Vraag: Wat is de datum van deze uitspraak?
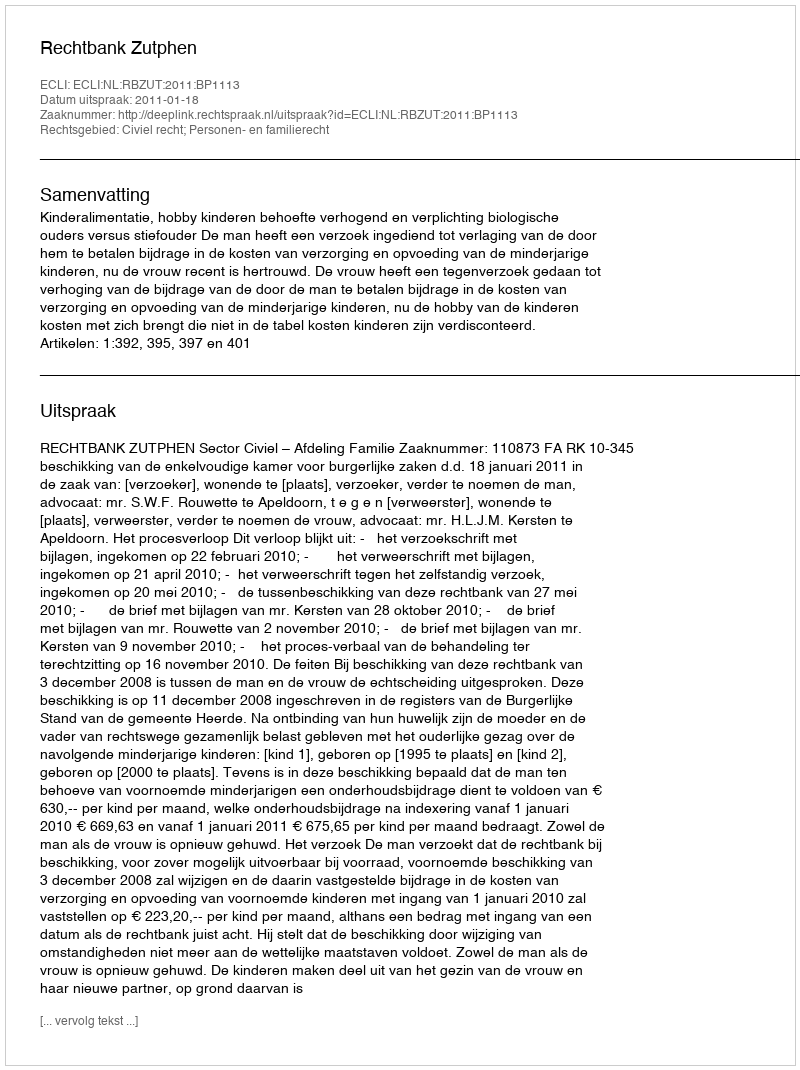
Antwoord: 2011-01-18